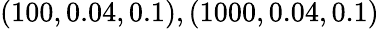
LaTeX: (100,0.04,0.1),(1000,0.04,0.1)